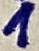
Text: 1